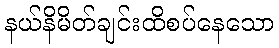
နယ်နိမိတ်ချင်းထိစပ်နေသော